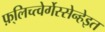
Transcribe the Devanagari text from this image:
फ़्लिच्त्वेर्गेस्सेन्हेइत